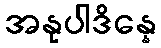
အနုပါဒိန္နေ